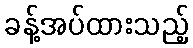
ခန့်အပ်ထားသည့်